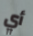
أي